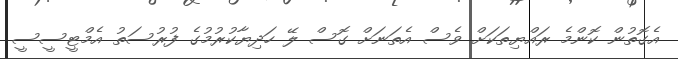
އެގޮތުން ކޮންމެ ރައްޔިތަކަށް ވެސް އެތަނަށް ގޮސް ލޭ ހަދިޔާކުރުމުގެ ފުރުސަތު އެމްޓީސީސީ